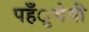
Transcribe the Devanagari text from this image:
पहँुचेगी